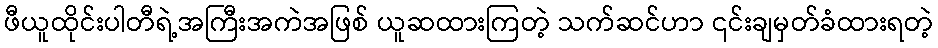
ဖီယူထိုင်းပါတီရဲ့အကြီးအကဲအဖြစ် ယူဆထားကြတဲ့ သက်ဆင်ဟာ ၎င်းချမှတ်ခံထားရတဲ့